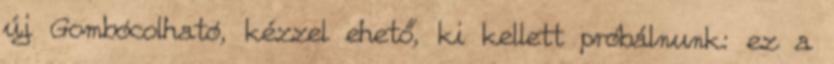
új Gombócolható, kézzel ehető, ki kellett próbálnunk: ez a